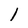
Character: 1